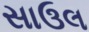
સાઉલ